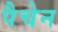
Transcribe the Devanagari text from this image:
पैचेन